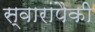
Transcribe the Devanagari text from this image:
स्वारांपैकी